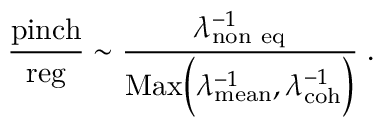
{ \frac { \mathrm { p i n c h } } { \mathrm { r e g } } } \sim { \frac { \lambda _ { \mathrm { n o n \ e q } } ^ { - 1 } } { \mathrm { M a x } \Big ( \lambda _ { \mathrm { m e a n } } ^ { - 1 } , \lambda _ { \mathrm { c o h } } ^ { - 1 } \Big ) } } \; .